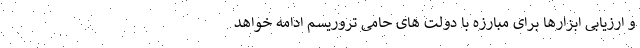
و ارزیابی ابزارها برای مبارزه با دولت های حامی تروریسم ادامه خواهد